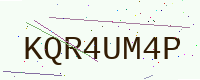
Text: KQR4UM4P